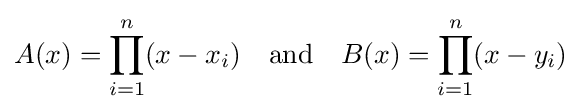
A(x)=\prod _{i=1}^{n}(x-x_{i})\quad {\text{and}}\quad B(x)=\prod _{i=1}^{n}(x-y_{i})